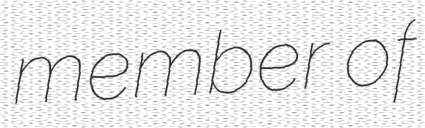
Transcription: member of